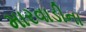
મારવાડીના